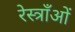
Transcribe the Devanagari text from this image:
रेस्त्राँओं